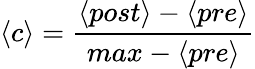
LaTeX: \langle c\rangle=\frac{\langle post\rangle-\langle pre\rangle}{max-\langle pre\rangle}